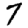
Digit: 7